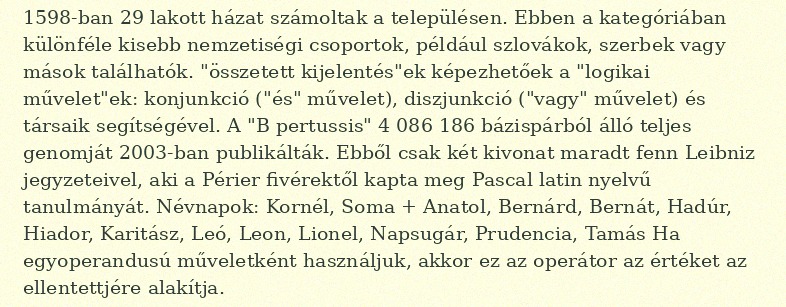
1598-ban 29 lakott házat számoltak a településen. Ebben a kategóriában különféle kisebb nemzetiségi csoportok, például szlovákok, szerbek vagy mások találhatók. "összetett kijelentés"ek képezhetőek a "logikai művelet"ek: konjunkció ("és" művelet), diszjunkció ("vagy" művelet) és társaik segítségével. A "B pertussis" 4 086 186 bázispárból álló teljes genomját 2003-ban publikálták. Ebből csak két kivonat maradt fenn Leibniz jegyzeteivel, aki a Périer fivérektől kapta meg Pascal latin nyelvű tanulmányát. Névnapok: Kornél, Soma + Anatol, Bernárd, Bernát, Hadúr, Hiador, Karitász, Leó, Leon, Lionel, Napsugár, Prudencia, Tamás Ha egyoperandusú műveletként használjuk, akkor ez az operátor az értéket az ellentettjére alakítja.